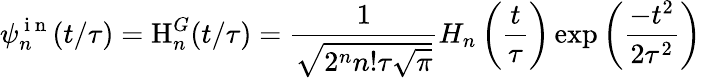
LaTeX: \psi_{n}^{\mathrm{~i~n~}}(t/\tau)=\mathrm{H}_{n}^{G}(t/\tau)=\frac{1}{\sqrt{2^{n}n!\tau\sqrt{\pi}}}H_{n}\left(\frac{t}{\tau}\right)\exp\left(\frac{-t^{2}}{2\tau^{2}}\right)